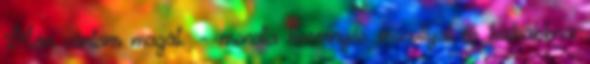
Már vártam magát. – mondta kesernyés mosollyal és halkabbra